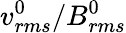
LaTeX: v_{rms}^{0}/B_{rms}^{0}